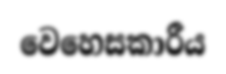
වෙහෙසකාරීය